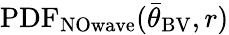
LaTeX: \mathrm{PDF_{NOwave}}({\bar{\theta}}_{\mathrm{BV}},r)